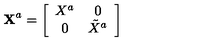
{ \bf X } ^ { a } = \left[ \begin{array} { c c } { { X } ^ { a } } & { 0 } \\ { 0 } & { \tilde { X } ^ { a } } \\ \end{array} \right]